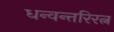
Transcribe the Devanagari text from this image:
धन्वन्तरिरत्न